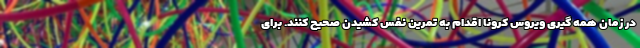
در زمان همه گیری ویروس کرونا اقدام به تمرین نفس کشیدن صحیح کنند. برای